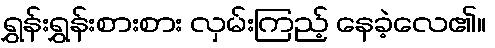
ရွှန်းရွှန်းစားစား လှမ်းကြည့် နေခဲ့လေ၏။